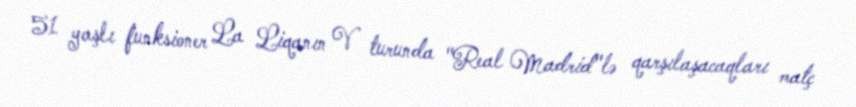
51 yaşlı funksioner La Liqanın V turunda "Real Madrid"lə qarşılaşacaqları matç